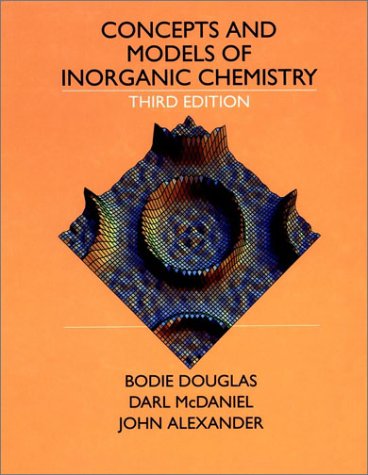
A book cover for Concepts and Models of Inorganic Chemistry; Bodie E. Douglas; Science & Math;